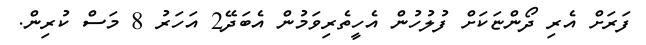
ފަރަށް އެރި ދޯންޏަކަށް ފުލުހުން އެހީތެރިވަމުން އެބަދޭ2 އަހަރު 8 މަސް ކުރިން.